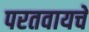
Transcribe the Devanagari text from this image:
परतवायचे